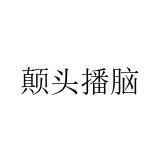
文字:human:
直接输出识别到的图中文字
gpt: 颠头播脑